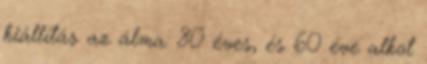
kiállítás az álma: 80 éves, és 60 éve alkot